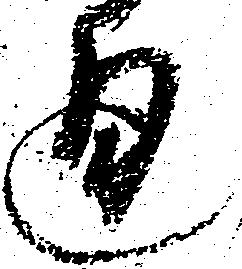
通